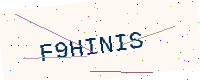
Text: F9HINIS